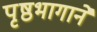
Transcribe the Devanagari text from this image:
पृष्ठभागाने